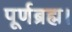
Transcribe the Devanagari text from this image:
पूर्णब्रह्म।